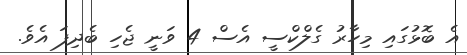
އެ ބޮޅުގައި މިހާރު ގެލްކްސީ އެސް 4 ވަނީ ޖެހި ބެދިފަ އެވެ.